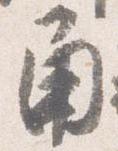
角